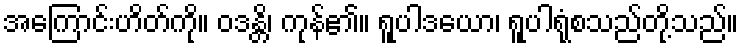
အကြောင်းဟိတ်ကို။ ဝဒန္တိ၊ ကုန်၏။ ရူပါဒယော၊ ရူပါရုံစသည်တို့သည်။